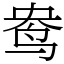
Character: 鸯